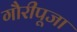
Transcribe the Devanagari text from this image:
गौरीपूजा